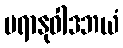
ပရာနုဝါဒဘယံ